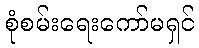
စုံစမ်းရေးကော်မရှင်